Indian journal of veterinary science and animal husbandry - Volume 7,
Year: 1937
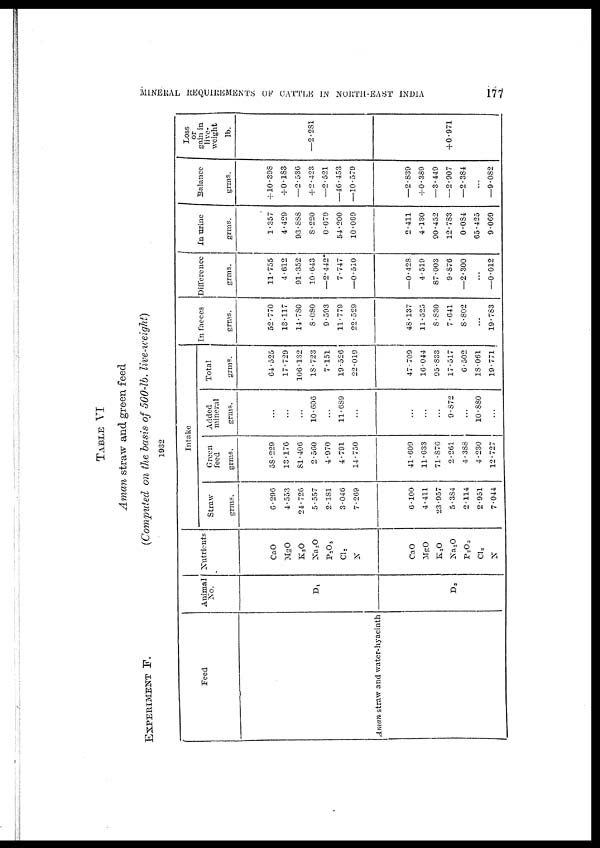
MINERAL REQUIREMENTS OF CATTLE IN NORTH-EAST INDIA
177
TABLE VI
Aman straw and green feed
EXPERIMENT F.
(Computed
on the basis of 500-lb. live-weight)
1932
Feed
Aman straw and water-hyacinth
Animal
No.
D 1
D 2
Nutrients
CaO
MgO
K 2 O
Na 2 O
P 2 O 5
Cl 2
N
CaO
MgO
K 2 O
Na 2 O
P 2 O 5
Cl 2
N
Intake
Straw
grms.
6.296
4.553
24.726
5.557
2.181
3.046
7.269
6.100
4.411
23.957
5.384
2.114
2.951
7.044
Green
feed
grms.
58.229
13.176
81.406
2.560
4.970
4.791
14.750
41.609
11.633
71.876
2.261
4.388
4.230
12.727
Added
mineral
grms.
...
...
...
10.606
...
11.639
...
...
...
...
9.872
...
10.880
...
Total
grms.
64.525
17.729
106.132
18.723
7.151
19.526
22.019
47.709
16.044
95.833
17.517
6.502
18.061
19.771
In faeces
grms.
52.770
13.117
14.780
8.080
9.593
11.779
22.529
48.137
11.525
8.830
7.641
8.802
...
19.783
Difference
grms.
11.755
4.612
91.352
10.643
—2.442
7. 747
—0.510
—0.428
4.519
87.003
9.876
—2.300
...
—0.012
In urine
grms.
1.857
4.429
93.888
8.220
0.079
54.200
10.069
2.411
4.130
90.452
12.783
0.084
65.425
9.069
Balance
grms.
+10.398
+ 0.183
—2.536
+ 2.423
—2.521
—46.453
—10.579
—2.839
+ 0.389
—3.449
—2.907
—2.384
...
—9.082
Loss
or
gain in
live.
weight
lb.
—2.281
+ 0.971